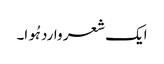
ایک شعر وارد ہُوا۔